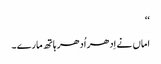
‘‘
اماں نے اِدھر اُدھر ہاتھ مارے ۔